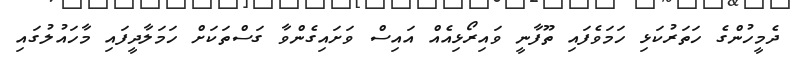
ދެމީހުންގެ ހަތަރުކަޅި ހަމަވެފައި ތޫފާނީ ވައިރޯޅިއެއް އައިސް ވަށައިގެންވާ ގަސްތަކަށް ހަމަލާދީފައި މާހައުލުގައި